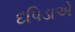
દપિડાએ